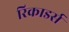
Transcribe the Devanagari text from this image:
रिकाडर्स